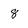
Character: 8